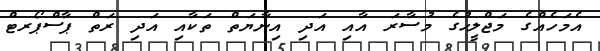
އެމަހެއްގެ މަޖްލީހުގެ މުސާރަ އާއި އަދި އިނާޔަތް ތަކާއި އަދި ރަތް ޕާސްޕޯރޓް